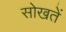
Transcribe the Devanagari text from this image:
सोखतें